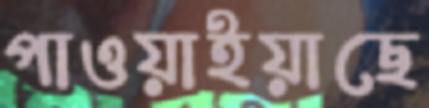
পাওয়াইয়াছে